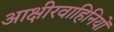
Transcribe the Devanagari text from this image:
आक्षीरवाहिनियों